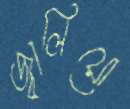
জ্বালিয়ো